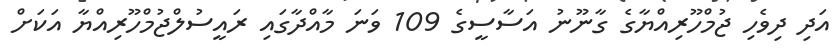
އަދި ދިވެހި ޖުމްހޫރިއްޔާގެ ގާނޫނު އަސާސީގެ 109 ވަނަ މާއްދާގައި ރައީސުލްޖުމްހޫރިއްޔާ އަކަށް